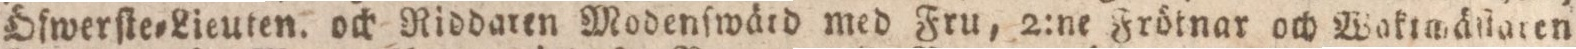
Öfwerſte=Lieuten. och Riddaren Modenſwärd med Fru, 2:ne Frötnar och Wakimäſtaren